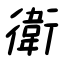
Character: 衛